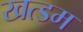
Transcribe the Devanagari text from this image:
खत्डम